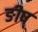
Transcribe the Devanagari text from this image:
ङीष्